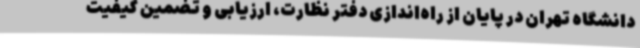
دانشگاه تهران در پایان از راه‌اندازی دفتر نظارت، ارزیابی و تضمین کیفیت